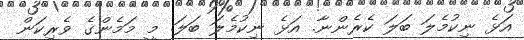
އަޅެ ނިކުމެލަ ބަލަ ކެރެންނާ. އަޅެ ނިކުމެލަ ބަލަ. މީ މަމެންގެ ވެރިކަން